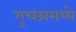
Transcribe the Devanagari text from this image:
गुच्छांमध्ये